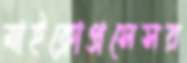
মাইক্রোপ্রসেসর